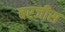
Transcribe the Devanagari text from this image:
बरजीस